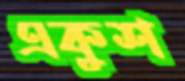
একুশ